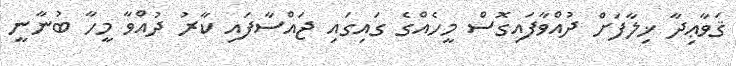
ޤަވާޢިދާ ޚިލާފަށް ދުއްވާފައިގޮސް މީހެއްގެ ގައިގައި ޖައްސާފައި ކާރު ދުއްވާ މީހާ ބުނާނީ